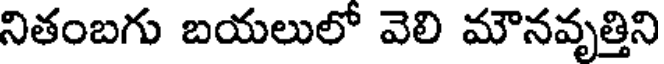
నితంబగు బయలులో వెలి మౌనవృత్తిని